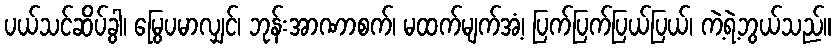
ပယ်သင်ဆိပ်ခွါ၊ မြွေပမာလျှင်၊ ဘုန်းအာဏာစက်၊ မထက်မျက်အံ့၊ ပြက်ပြက်ပြယ်ပြယ်၊ ကဲ့ရဲ့ဘွယ်သည်။